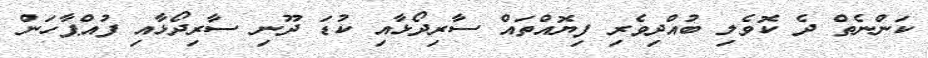
ކަންނެތް ދެ ކޮވެލި ބުއްދިވެރި ފިޔޮއްތައް ސާރިދޯޅާއި ކުޑަ ދޫނި ސާރިދޯޅާއި ފުއްޕާހަން